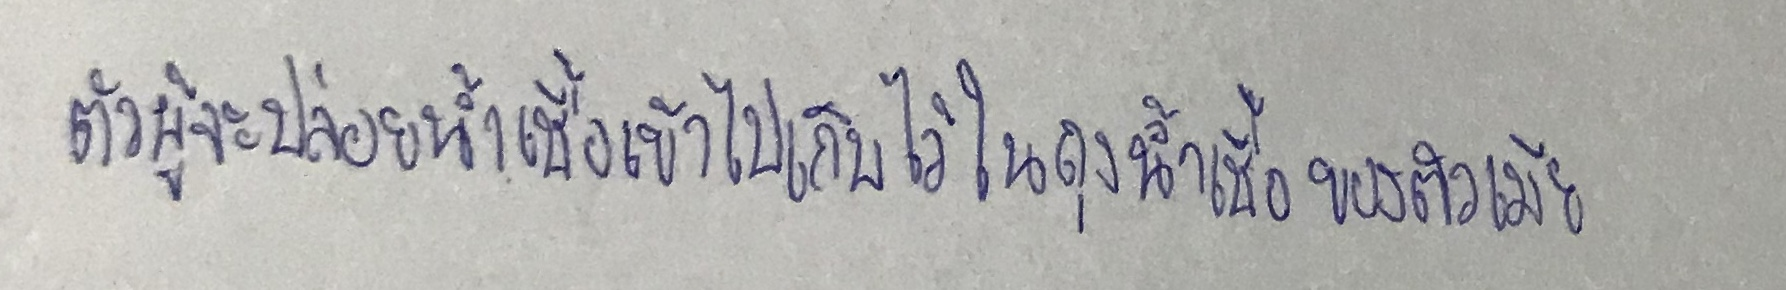
ตัวผู้จะปล่อยน้ำเชื้อเข้าไปเก็บไว้ในถุงน้ำเชื้อของตัวเมีย